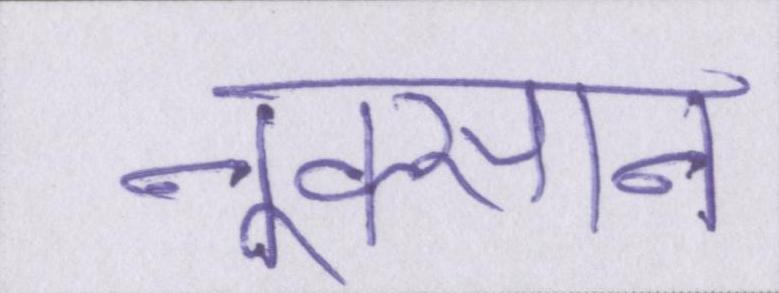
नुक्सान